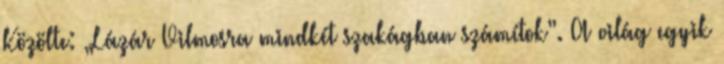
Közölte: „Lázár Vilmosra mindkét szakágban számítok”. A világ egyik